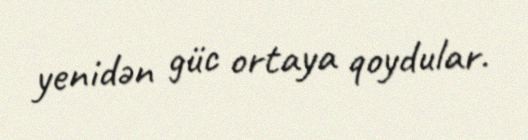
yenidən güc ortaya qoydular.